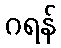
ဂရန်